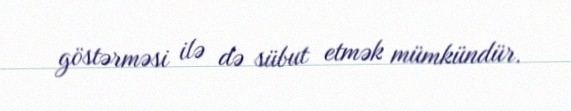
göstərməsi ilə də sübut etmək mümkündür.